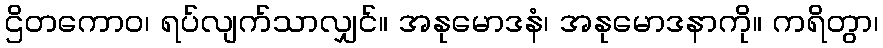
ဌိတကောဝ၊ ရပ်လျက်သာလျှင်။ အနုမောဒနံ၊ အနုမောဒနာကို။ ကရိတွာ၊